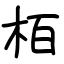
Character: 栢